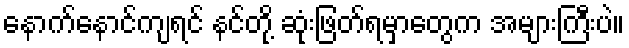
နောက်နောင်ကျရင် နင်တို့ ဆုံးဖြတ်ရမှာတွေက အများကြီးပဲ။